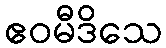
ဧဝမီဒိသေ